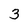
Character: 3